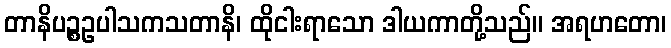
တာနိပဉ္စဥပါသကသတာနိ၊ ထိုငါးရာသော ဒါယကာတို့သည်။ အရဟတော၊